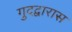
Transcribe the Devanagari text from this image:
गुदद्वारास